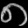
Digit: ၈